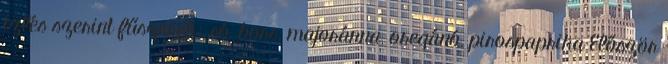
ízlés szerint fűszerek: só, bors, majoránna, oregánó, pirospaprika Először